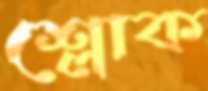
শ্লোক